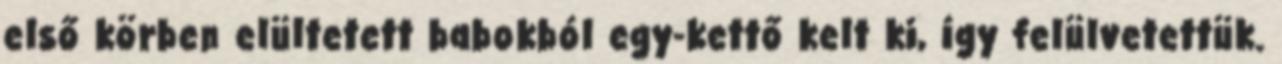
első körben elültetett babokból egy-kettő kelt ki, így felülvetettük.